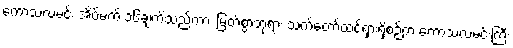
ကောသလမင်း အိပ်မက် ၁၆ချက်သည်ကား မြတ်စွာဘုရား သက်တော်ထင်ရှားရှိစဉ်က ကောသလမင်းကြီး